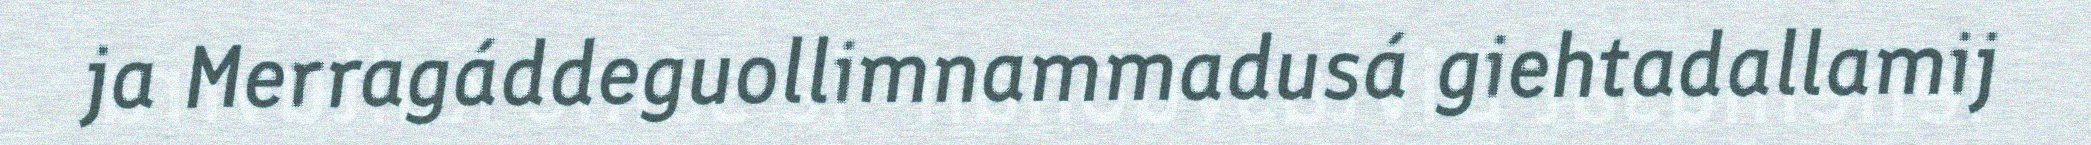
ja Merragáddeguollimnammadusá giehtadallamij